Report of the Indian Hemp Drugs Commission, 1894-1895 - Volume VI
Year: 1894
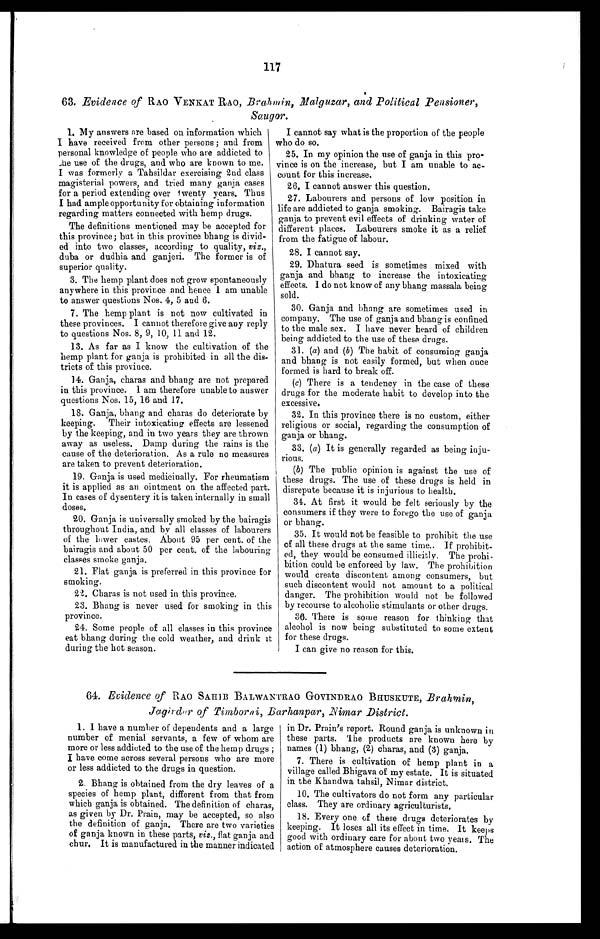
117
63. Evidence of RAO VENKAT RAO, Brahmin, Malguzar, and Political Pensioner,
Saugor.
1. My answers are based on information which
I h a v e r e c e i v e d f r o m o t h e r p e r s o n s ; a n d f r o m
personal knowledge of people who are addicted to
the use of the drugs, and who are known to me
I w a s f o r m e r l y a T a h s i l d a r e x e r c i s i n g 2 n d c l a s s
magisterial powers, and tried many ganja cases
for a period extending over twenty years. Thus
I had ample opportunity for obtaining information
regarding matters connected with hemp drugs.
The definitions mentioned may be accepted for
this province; but in this province bhang is divid-
ed into two classes, according to quality, viz.,
duba or dudhia and ganjeri. The former is of
superior quality.
3. The hemp plant does not grow spontaneously
anywhere in this province and hence I am unable
to answer questions Nos. 4, 5 and 6.
7. The hemp plant is not now cultivated in
these provinces. I cannot therefore give any reply
to questions Nos. 8, 9, 10, 11 and 12.
13. As far as I know the cultivation of the
hemp plant for ganja is prohibited in all the dis-
tricts of this province.
14. Ganja, charas and bhang are not prepared
in this province. I am therefore unable to answer
questions Nos. 15, 16 and 17.
18. Ganja, bhang and charas do deteriorate by
keeping. Their intoxicating effects are lessened
by the keeping, and in two years they are thrown
away as useless. Damp during the rains is the
cause of the deterioration. As a rule no measures
are taken to prevent deterioration.
19. Ganja is used medicinally. For rheumatism
it is applied as an ointment on the affected part.
In cases of dysentery it is taken internally in small
doses.
20. Ganja is universally smoked by the bairagis
throughout India, and by all classes of labourers
of the lower castes. About 95 per cent. of the
bairagis and about 50 per cent. of the labouring
classes smoke ganja.
21. Flat ganja is preferred in this province for
smoking.
2t. Charas is not used in this province,
23. Bhang is never used for smoking in this
province.
24. Some people of all classes in this province
eat bhang during the cold weather, and drink it
during the hot season.
I cannot say what is the proportion of the people
who do so.
25. In my opinion the use of ganja in this pro-
vince is on the increase, but I am unable to ac
- c o u n t f o r t h i s i n c r e a s e .
26. I cannot answer this question.
27. Labourers and persons of low position in
life are addicted to ganja, smoking. Bairagis take
ganja to prevent evil effects of drinking water of
different places. Labourers smoke it as a relief
from the fatigue of labour.
28. I cannot say.
29. Dhatura seed is sometimes mixed with
ganja and bhang to increase the intoxicating
effects. I do not know of any bhang massala being
sold.
30. Ganja and bhang are sometimes used in
company. The use of ganja and bhang is confined
to the male sex. I have never heard of children
being addicted to the use of these drugs.
31. (a) and (b) The habit of consuming ganja
and bhang is not easily formed, but when once
formed is hard to break off.
(c) There is a tendency in the case of these
drugs for the moderate habit to develop into the
excessive.
32. In this province there is no custom, either
religious or social, regarding the consumption of
ganja or bhang.
33. (a)It is generally regarded as being inju
-rious.
(b) The public opinion is against the use of
these drugs. The use of these drugs is held in
disrepute because it is injurious to health.
34. At first it would be felt seriously by the
consumers if they were to forego the use of ganja
or bhang.
35. It would not be feasible to prohibit the use
of all these drugs at the same time.. If prohibit
- e d , t h e y w o u l d b e c o n s u m e d i l l i c i t l y , T h e p r o h i -
36.
bition could be enforced by law. The prohibition
would create discontent among consumers, but
such discontent would not amount to a political
danger. The prohibition would not be followed
by recourse to alcoholic stimulants or other drugs.
37. There is some reason for thinking that
alcohol is now being substituted to some extent
for these drugs.
I can give no reason for this.
64. Evidence of RAO SAHIB BALWANTRAO GOVINDRAO BHUSKUTE, Brahmin,
Jagirdar of Timborni, Barhanpar, .Nimar District.
1. I have a number of dependents and a large
number of menial servants, a few of whom are
more or less addicted to the use of the hemp drugs;
I have come across several persons who are more
or less addicted to the drugs in question.
2. Bhang is obtained from the dry leaves of a
species of hemp plant, different from that from
which ganja, is obtained. The definition of charas,
as given by Dr. Prain, may be accepted, so also
the definition of ganja. There are two varieties
of gan j a known in these parts, viz., flat ganja and
chur. It is manufactured in the manner indicated
in Dr. Prain's report. Round ganja is unknown in
these parts. The products are known here by
names (1) bhang, (2) charas, and (3) ganja.
7. There is cultivation of hemp plant in a
village called Bhigava of my estate. It is situated
in the Khandwa tahsil, Nimar district.
10. The cultivators do not form any particular
class. They are ordinary agriculturists.
18. Every one of these drugs deteriorates by
keeping. It loses all its effect in time. It keeps
good with ordinary care for about two yeas. The
action of atmosphere causes deterioration.